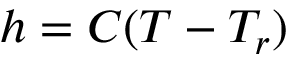
h = C ( T - T _ { r } )